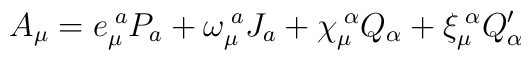
A_{\mu}=e_{\mu}^{\;a}P_{a}+\omega_{\mu}^{\;a}J_{a}+\chi_{\mu}^{\;\alpha}Q_{\alpha}+\xi_{\mu}^{\;\alpha}Q'_{\alpha}